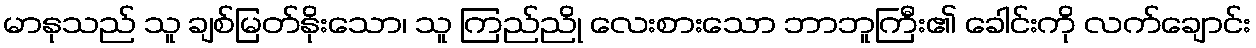
မာနုသည် သူ ချစ်မြတ်နိုးသော၊ သူ ကြည်ညို လေးစားသော ဘာဘူကြီး၏ ခေါင်းကို လက်ချောင်း